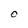
Character: O